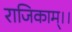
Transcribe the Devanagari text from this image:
राजिकाम्।।